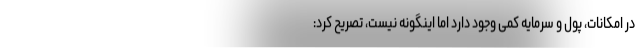
در امکانات، پول و سرمایه کمی وجود دارد اما اینگونه نیست، تصریح کرد: